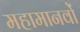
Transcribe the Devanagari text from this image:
महामानवों